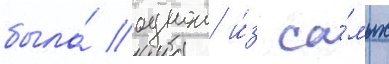
была́ однои и́з са́мых